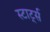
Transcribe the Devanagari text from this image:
स्टार्ट्स